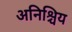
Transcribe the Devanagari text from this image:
अनिश्चिय